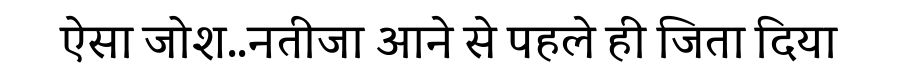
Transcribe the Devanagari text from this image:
ऐसा जोश..नतीजा आने से पहले ही जिता दिया